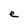
Character: e